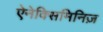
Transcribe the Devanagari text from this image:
ऐनेक्सिमिनिज़